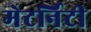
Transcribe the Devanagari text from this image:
मेटर्निटी